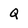
Character: Q